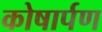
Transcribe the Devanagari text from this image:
कोषार्पण